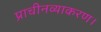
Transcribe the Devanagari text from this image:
प्राचीनव्याकरण।